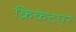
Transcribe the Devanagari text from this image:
क्रिकेटएर